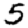
Digit: 5